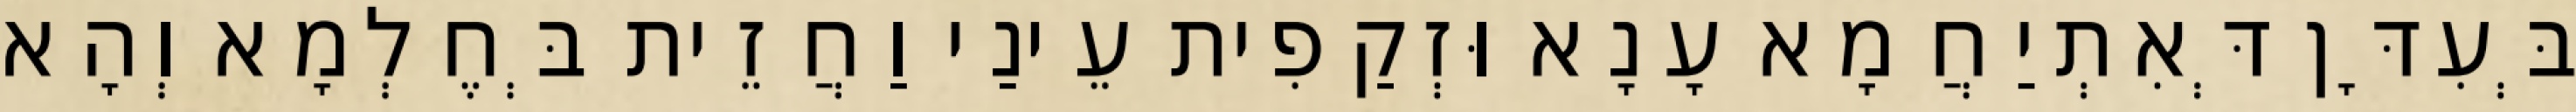
בְּעִדָּן דְּאִתְיַחֲמָא עָנָא וּזְקַפִית עֵינַי וַחֲזֵית בְּחֶלְמָא וְהָא